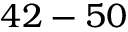
4 2 - 5 0